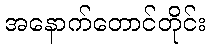
အနောက်တောင်တိုင်း